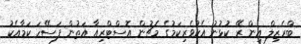
ބްރެޒިލް އިން ރޭ ކުޅުނު އެކުވެރިކަމުގެ މެޗުން އޮސްޓްރިއާ އަތުން ފަސޭހަ ކަމާއެކު